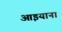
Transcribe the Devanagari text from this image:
आइयाना